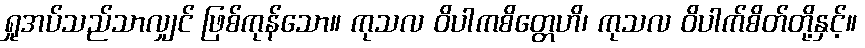
ရှုအပ်သည်သာလျှင် ဖြစ်ကုန်သော။ ကုသလ ဝိပါကစိတ္တေဟိ၊ ကုသလ ဝိပါက်စိတ်တို့နှင့်။